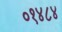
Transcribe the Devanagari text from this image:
०१४८४